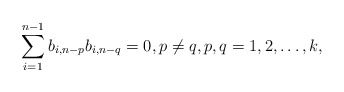
\begin{align*}\sum_{i=1}^{n-1} b_{i,n-p}b_{i,n-q}=0, p\not=q, p,q=1,2,\ldots,k,\end{align*}